Scottish Leaving Certificate Examination, 1958
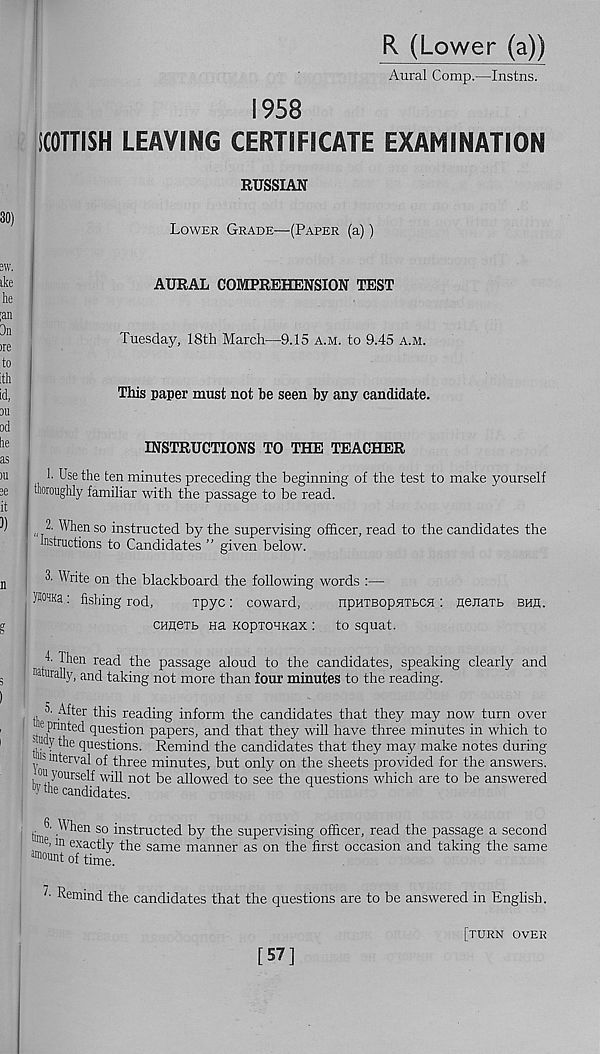
R (Lower (a))
Aural Comp.—Instns.
1958
SCOTTISH LEAVING CERTIFICATE EXAMINATION
RUSSIAN
Lower Grade—(Paper (a))
AURAL COMPREHENSION TEST
Tuesday, 18th March—9.15 a.m. to 9.45 a.m.
This paper must not be seen by any candidate.
INSTRUCTIONS TO THE TEACHER
1. Use the ten minutes preceding the beginning of the test to make yourself
wroughly familiar with the passage to be read.
2. When so instructed by the supervising officer, read to the candidates the
Instructions to Candidates ” given below.
3- Write on the blackboard the following words :—
WMa: fishing rod,
rpyc : coward,
npHTBopsrrbCH : nejiatB bhh.
CHfleTb na KopioHKax : to squat.
U Then read the passage aloud to the candidates, speaking clearly and
naturally, and taking not more than four minutes to the reading.
5- After this reading inform the candidates that they may now turn over
' le pnnted question papers, and that they will have three minutes in which to
,, u v th® questions. Remind the candidates that they may make notes during
s interval of three minutes, but only on the sheets provided for the answers,
ou yourself will not be allowed to see the questions which are to be answered
“5'the candidates.
3. When so instructed by the supervising officer, read the passage a second
le > m exactly the same manner as on the first occasion and taking the same
ln iount of time.
~1 ' Remind the candidates that the questions are to be answered in English.
[57]
[turn over